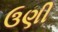
ઉણી